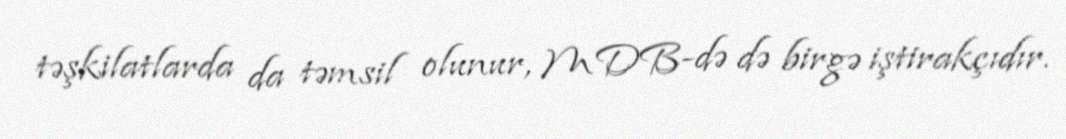
təşkilatlarda da təmsil olunur, MDB-də də birgə iştirakçıdır.